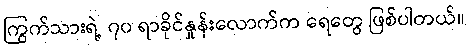
ကြွက်သားရဲ့ ၇၀ ရာခိုင်နှုန်းလောက်က ရေတွေ ဖြစ်ပါတယ်။